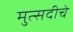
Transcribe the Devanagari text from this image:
मुत्सदीचे